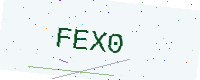
Text: FEX0